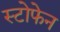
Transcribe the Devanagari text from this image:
स्टोफेन